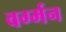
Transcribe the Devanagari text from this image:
वर्ग्मन